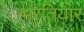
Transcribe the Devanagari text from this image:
भरतियार